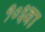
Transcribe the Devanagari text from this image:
१०३वा